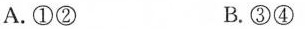
A.①② B.③④